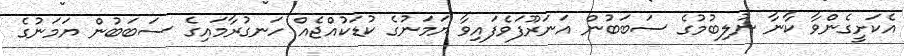
އެކަށީގެންވާ ކާނާ ނުލިބުމުގެ ސަބަބުން އަނަރޫފަވެފައިވާ ޔަމަނުގެ ކުޑަކުއްޖެއް ހަނގުރާމައިގެ ސަބަބުން ޔަމަނުގެ